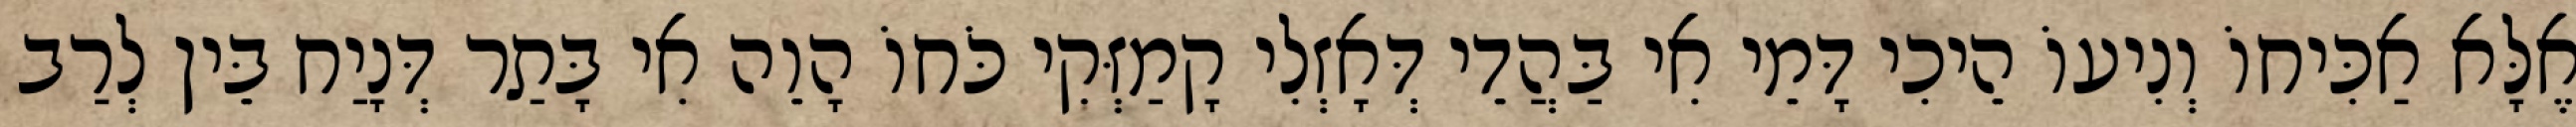
אֶלָּא אַכִּיחוֹ וְנִיעוֹ הֵיכִי דָּמֵי אִי בַּהֲדֵי דְּאָזְלִי קָמַזְּקִי כֹּחוֹ הָוֵה אִי בָּתַר דְּנָיַח בֵּין לְרַב